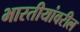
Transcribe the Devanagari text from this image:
भारतीयांवरील